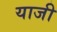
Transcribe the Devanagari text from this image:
याजी